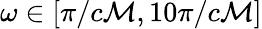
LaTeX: \omega\in[\pi/c\mathcal{M},10\pi/c\mathcal{M}]